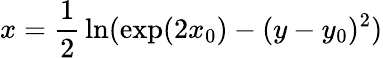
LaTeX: x={\frac{1}{2}}\ln(\exp(2x_{0})-(y-y_{0})^{2})